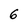
Character: 6